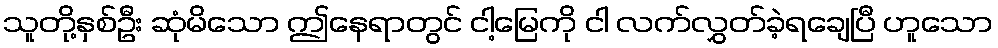
သူတို့နှစ်ဦး ဆုံမိသော ဤနေရာတွင် ငါ့မြေကို ငါ လက်လွှတ်ခဲ့ရချေပြီ ဟူသော